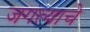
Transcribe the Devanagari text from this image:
जगत्याचे